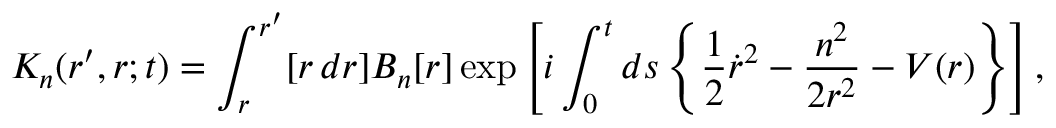
K _ { n } ( r ^ { \prime } , r ; t ) = \int _ { r } ^ { r ^ { \prime } } [ r \, d r ] B _ { n } [ r ] \exp \left[ i \int _ { 0 } ^ { t } d s \left\{ \frac 1 2 \dot { r } ^ { 2 } - \frac { n ^ { 2 } } { 2 r ^ { 2 } } - V ( r ) \right\} \right] ,